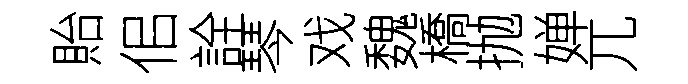
貽佀詮琴戏魏橋抛婵兀